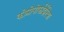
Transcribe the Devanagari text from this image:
कोप्रोपोर्फाईरिया